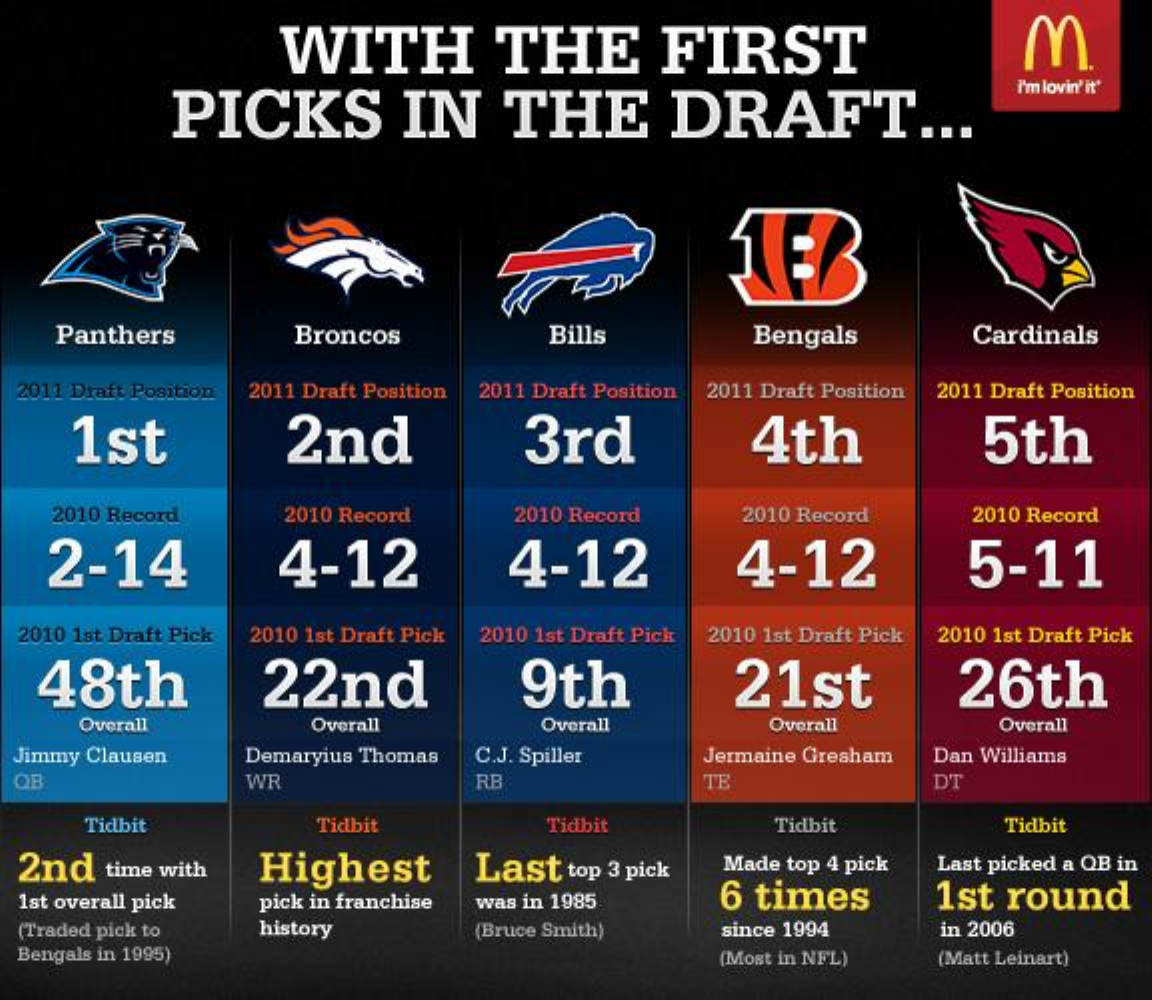
WITH    THE    FIRST    M
     PICKS    IN    THE    DRAFT    ...
     I'm lovin' it'
     Panthers    Broncos    Bills    Bengals    Cardinals
  2011 Draft Position 2011 Draft Position 2011 Draft Position 2011 Draft Position 2011 Draft Position
     1st    2nd    3rd    4th    5th
    2010 Record    2010 Record    2010 Record    2010 Record    2010 Record
    2-14    4-12    4-12    4-12    5-11
  2010 1st Draft Pick 2010 1st Draft Pick 2010 1st Draft Pick 2010 1st Draft Pick 2010 1st Draft Pick
   48th    22nd    9th    21st    26th
     Overall    Overall    Overall    Overall    Overall
  Jimmy Clausen    Demaryius Thomas C.J. Spiller    Jermaine Gresham Dan Williams
  OB    WR    RB    TE    DT
     Tidbit    Tidbit    Tidbit    Tidbit    Tidbit
  2nd   time with   Highest    Last   top 3 pick  Made top 4 pick  Last picked a QB in
  1st overall pick  pick in franchise was in 1985    6 times    1st round
  (Traded pick to   history    (Bruce Smith)    since 1994    in 2006
  Bengals in 1995)    (Most in NFL)    (Matt Leinart)